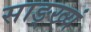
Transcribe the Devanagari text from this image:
साङ्ख्यं